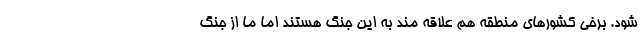
شود. برخی کشورهای منطقه هم علاقه مند به این جنگ هستند اما ما از جنگ